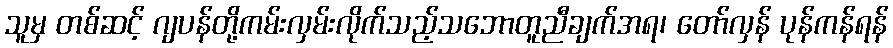
သူမှ တစ်ဆင့် ဂျပန်တို့ကမ်းလှမ်းလိုက်သည့်သဘောတူညီချက်အရ၊ တော်လှန် ပုန်ကန်ရန်